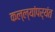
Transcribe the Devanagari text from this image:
कल्ल्यांपर्यंत